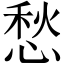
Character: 愁